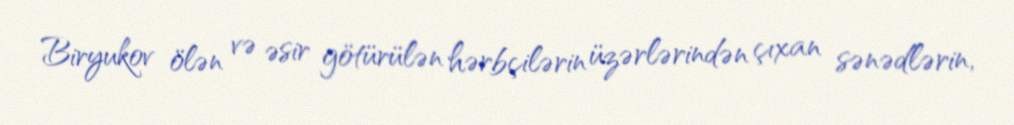
Biryukov ölən və əsir götürülən hərbçilərin üzərlərindən çıxan sənədlərin,